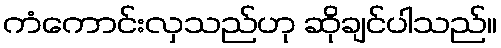
ကံကောင်းလှသည်ဟု ဆိုချင်ပါသည်။